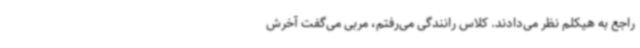
راجع به هیکلم نظر می‌دادند. کلاس رانندگی می‌رفتم، مربی می‌گفت آخرش